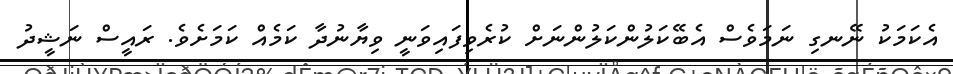
އެކަމަކު ނޭނގި ނަމަވެސް އެބޭކަލުންކަލުންނަށް ކުރެވިފައިވަނީ ވިޔާނުދާ ކަމެއް ކަމަށެވެ. ރައީސް ނަޝީދު